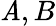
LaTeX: \mathit{A},B